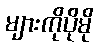
များကိုပိုမို